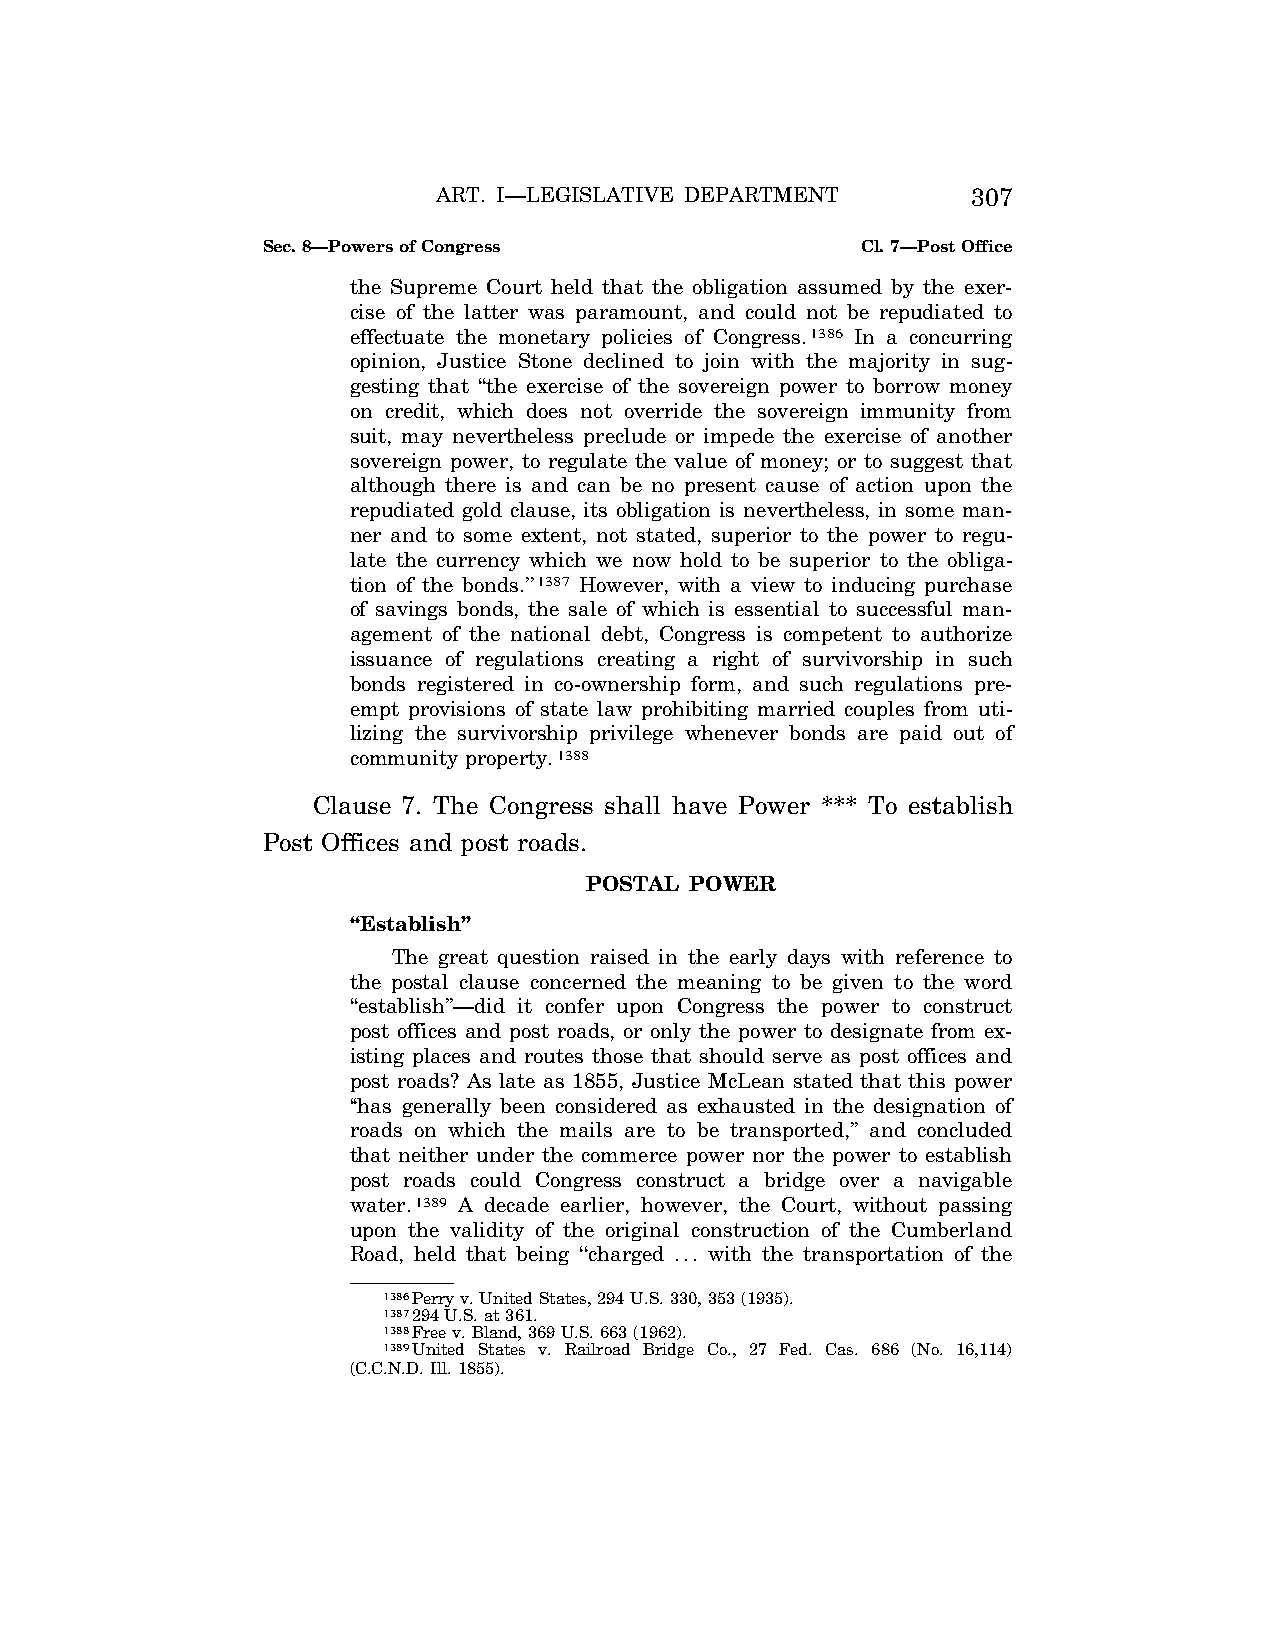
ART. I—LEGISLATIVE DEPARTMENT      307
 Sec. 8—Powers of Congress               Cl. 7—Post Office
 the Supreme Court held that the obligation assumed by the exer-
 cise of the latter was paramount, and could not be repudiated to
 effectuate the monetary policies of Congress.1386 In a concurring
 opinion, Justice Stone declined to join with the majority in sug-
 gesting that ‘‘the exercise of the sovereign power to borrow money
 on credit, which does not override the sovereign immunity from
 suit, may nevertheless preclude or impede the exercise of another
 sovereign power, to regulate the value of money; or to suggest that
 although there is and can be no present cause of action upon the
 repudiated gold clause, its obligation is nevertheless, in some man-
 ner and to some extent, not stated, superior to the power to regu-
 late the currency which we now hold to be superior to the obliga-
 tion of the bonds.’’1387 However, with a view to inducing purchase
 of savings bonds, the sale of which is essential to successful man-
 agement of the national debt, Congress is competent to authorize
 issuance of regulations creating a right of survivorship in such
 bonds registered in co-ownership form, and such regulations pre-
 empt provisions of state law prohibiting married couples from uti-
 lizing the survivorship privilege whenever bonds are paid out of
 community property.1388
 Clause 7. The Congress shall have Power *** To establish
 Post Offices and post roads.
 POSTAL POWER
 ‘‘Establish’’
 The great question raised in the early days with reference to
 the postal clause concerned the meaning to be given to the word
 ‘‘establish’’—did it confer upon Congress the power to construct
 post offices and post roads, or only the power to designate from ex-
 isting places and routes those that should serve as post offices and
 post roads? As late as 1855, Justice McLean stated that this power
 ‘‘has generally been considered as exhausted in the designation of
 roads on which the mails are to be transported,’’ and concluded
 that neither under the commerce power nor the power to establish
 post roads could Congress construct a bridge over a navigable
 water.1389 A decade earlier, however, the Court, without passing
 upon the validity of the original construction of the Cumberland
 Road, held that being ‘‘charged ... with the transportation of the
 1386Perry v. United States, 294 U.S. 330, 353 (1935).
 1387294 U.S. at 361.
 1388Free v. Bland, 369 U.S. 663 (1962).
 1389United States v. Railroad Bridge Co., 27 Fed. Cas. 686 (No. 16,114)
 (C.C.N.D. Ill. 1855).
 VerDate Apr<14>2004 12:35 Apr 14, 2004 Jkt 077500 PO 00000 Frm 00245 Fmt 8222 Sfmt 8222 C:\CONAN\CON009.SGM PRFM99 PsN: CON009